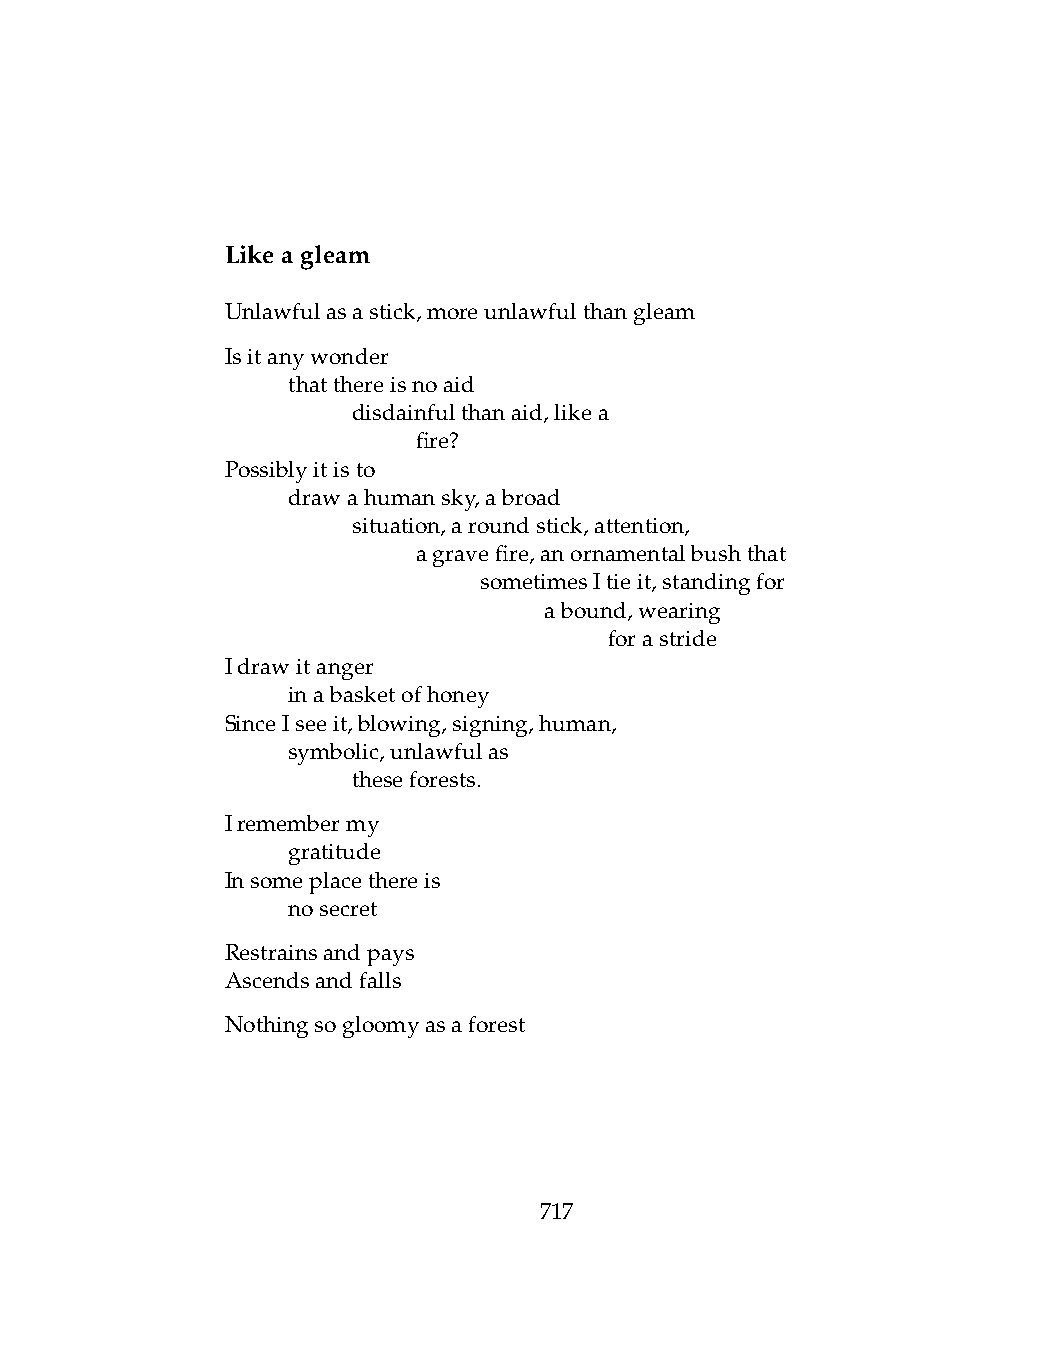
Likeagleam
 Unlawfulasastick,moreunlawfulthangleam
 Isitanywonder
 .   thatthereisnoaid
 .   .   disdainfulthanaid,likea
 .   .   .    fire?
 Possiblyitisto
 .   drawahumansky,abroad
 .   .   situation,aroundstick,attention,
 .   .   .    agravefire,anornamentalbushthat
 .   .   .    .   sometimesItieit,standingfor
 .   .   .    .   .   abound,wearing
 .   .   .    .   .   .   forastride
 Idrawitanger
 .   inabasketofhoney
 SinceIseeit,blowing,signing,human,
 .   symbolic,unlawfulas
 .   .   theseforests.
 Iremembermy
 .   gratitude
 Insomeplacethereis
 .   nosecret
 Restrainsandpays
 Ascendsandfalls
 Nothingsogloomyasaforest
 717